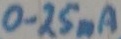
Text: 0.25mA